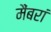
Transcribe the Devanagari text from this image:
मैंबरां